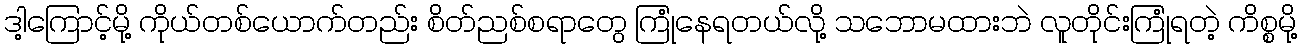
ဒါ့ကြောင့်မို့ ကိုယ်တစ်ယောက်တည်း စိတ်ညစ်စရာတွေ ကြုံနေရတယ်လို့ သဘောမထားဘဲ လူတိုင်းကြုံရတဲ့ ကိစ္စမို့